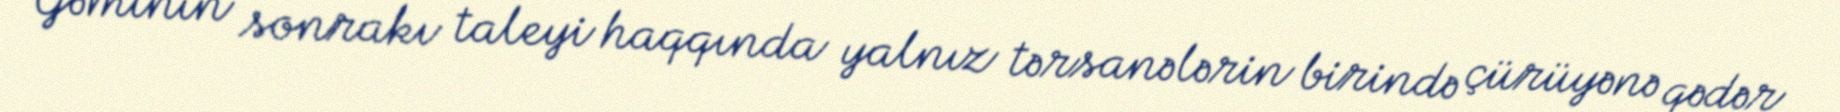
Gəminin sonrakı taleyi haqqında yalnız tərsanələrin birində çürüyənə qədər